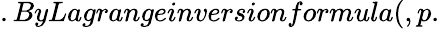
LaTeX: .ByLagrangeinversionformula(,p.